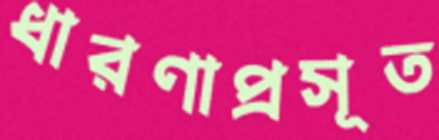
ধারণাপ্রসূত